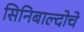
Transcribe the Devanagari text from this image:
सिनिबाल्दोचे